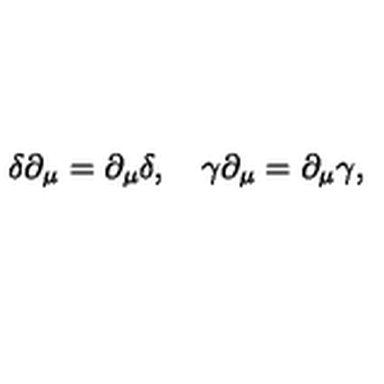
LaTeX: \delta \partial _ { \mu } = \partial _ { \mu } \delta , \quad \gamma \partial _ { \mu } = \partial _ { \mu } \gamma ,